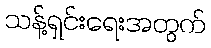
သန့်ရှင်းရေးအတွက်